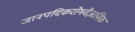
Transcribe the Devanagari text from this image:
जानपदिकरोगवैज्ञानिक